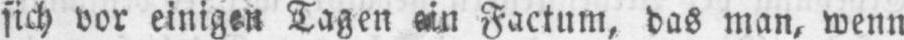
sich vor einigen Tagen ein Factum, das man, wenn